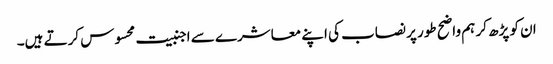
ان کو پڑھ کر ہم واضح طور پر نصاب کی اپنے معاشرے سے اجنبیت محسوس کرتے ہیں۔